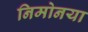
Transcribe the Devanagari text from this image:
निमोनया